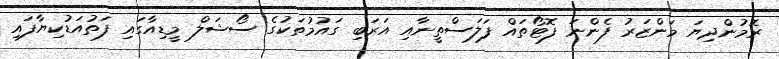
ރޮމުންދިޔަ މަންޒަރު ފެންނަ ފޮޓޯތައް ފަލަސްތީނާއި އަރަބި ގައުމުތަކުގެ ސޯޝަލް މީޑިއާގައި ފަތުއަޑުކިޔާފައި